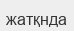
жатқнда